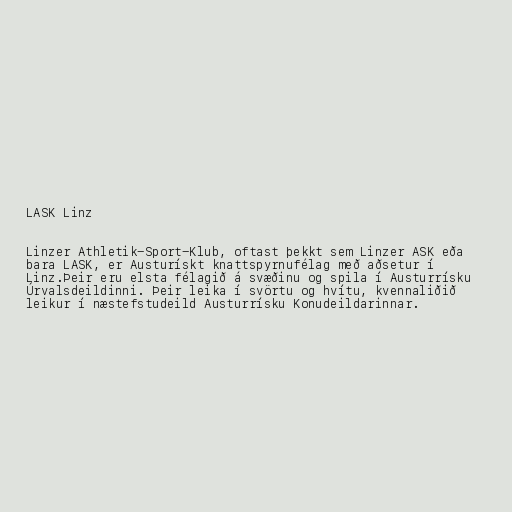
LASK Linz

Linzer Athletik-Sport-Klub, oftast þekkt sem Linzer ASK eða
bara LASK, er Austurískt knattspyrnufélag með aðsetur í
Linz.Þeir eru elsta félagið á svæðinu og spila í Austurrísku
Úrvalsdeildinni. Þeir leika í svörtu og hvítu, kvennaliðið
leikur í næstefstudeild Austurrísku Konudeildarinnar.